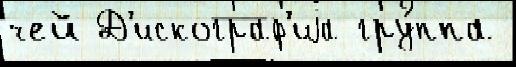
чей Д'искограф'иjа гру́ппа